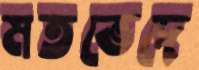
মতভেদে